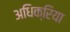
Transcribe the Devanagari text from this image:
अधिक्रिया